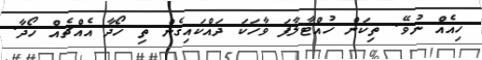
ހިއެއް ނުވޭ. ތިކަން ހުއްޓާލާފަ ވާހަކަ ދައްކައިގެން ތި ހޯދާ އެއްޗެއް ހޯދާ.